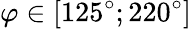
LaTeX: \varphi\in[125^{\circ};220^{\circ}]